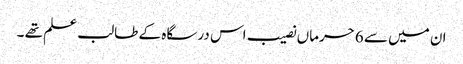
ان میں سے 6حرماں نصیب اس درسگاہ کے طالب علم تھے ۔